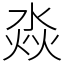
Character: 𣶷